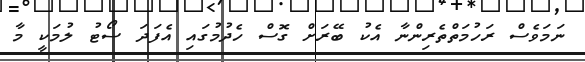
ނަމަވެސް ރަހުމަތްތެރިންނާ އެކު ބޭރަށް ގޮސް ހެދުމުގައި އެފަދަ ސޯޓު ލުމަކީ މާ